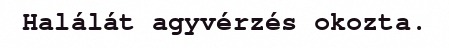
Halálát agyvérzés okozta.